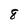
Character: 8